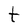
Character: t